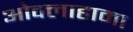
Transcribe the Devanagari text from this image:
ओक्लाहामा